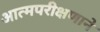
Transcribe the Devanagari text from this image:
आत्मपरीक्षणाने